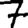
Digit: 7